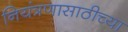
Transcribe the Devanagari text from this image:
नियंत्रणासाठीच्या